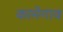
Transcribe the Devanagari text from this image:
कामेगाव